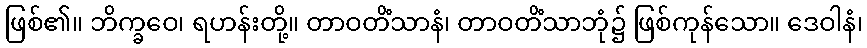
ဖြစ်၏။ ဘိက္ခဝေ၊ ရဟန်းတို့။ တာဝတိံသာနံ၊ တာဝတိံသာဘုံ၌ ဖြစ်ကုန်သော။ ဒေဝါနံ၊